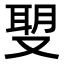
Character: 𠭪